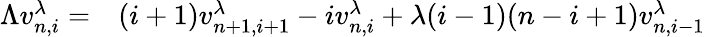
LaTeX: \begin{array}{rl}{\Lambda v_{n,i}^{\lambda}=}&{{}(i+1)v_{n+1,i+1}^{\lambda}-iv_{n,i}^{\lambda}+\lambda(i-1)(n-i+1)v_{n,i-1}^{\lambda}}\end{array}